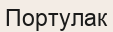
Портулак